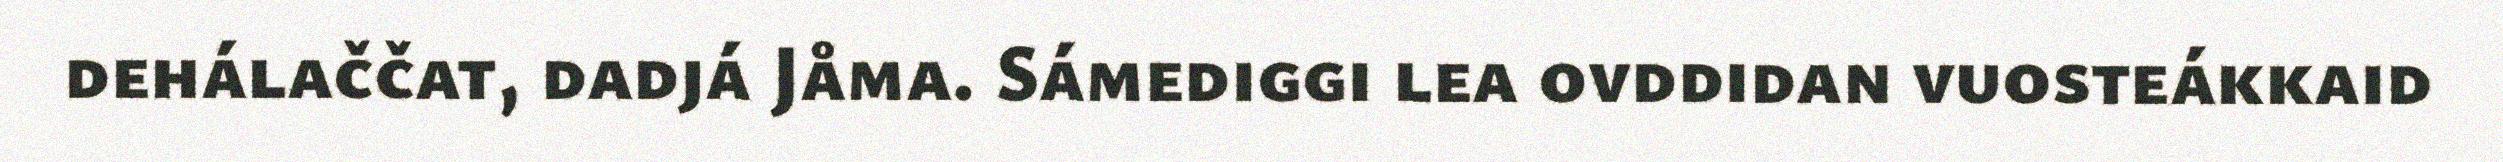
dehálaččat, dadjá Jåma. Sámediggi lea ovddidan vuosteákkaid